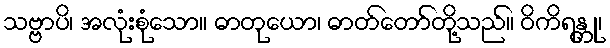
သဗ္ဗာပိ၊ အလုံးစုံသော။ ဓာတုယော၊ ဓာတ်တော်တို့သည်။ ဝိကိရန္တု၊